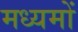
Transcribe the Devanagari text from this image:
मध्यमों